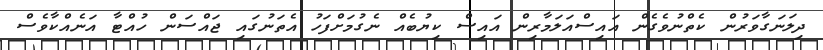
ދިލަނަގާވަރުން ކެތްނުވެގެން އައިސްއަލަމާރިން އައިސް ކިޔުބެއް ނެގުމަށްފަހު އެތަނުގައި ޖައްސަން ހުއްޓާ އަނެއްކާވެސް